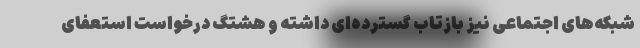
شبکه‌های اجتماعی نیز بازتاب گسترده‌ای داشته و هشتگ درخواست استعفای